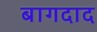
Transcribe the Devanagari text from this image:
बागदाद